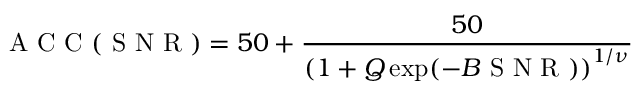
\mathrm { ~ A ~ C ~ C ~ } ( \mathrm { ~ S ~ N ~ R ~ } ) = 5 0 + \frac { 5 0 } { { \left( 1 + Q \exp ( - B \mathrm { ~ S ~ N ~ R ~ } ) \right) } ^ { 1 / \nu } } \